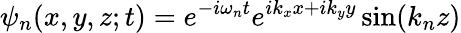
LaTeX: \psi_{n}(x,y,z;t)=e^{-i\omega_{n}t}e^{ik_{x}x+ik_{y}y}\sin(k_{n}z)